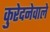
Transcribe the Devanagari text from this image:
कुरेदनेवाले